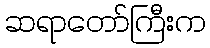
ဆရာတော်ကြီးက